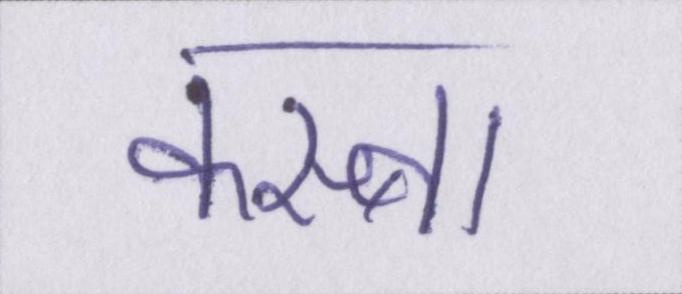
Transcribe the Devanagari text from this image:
कस्बा